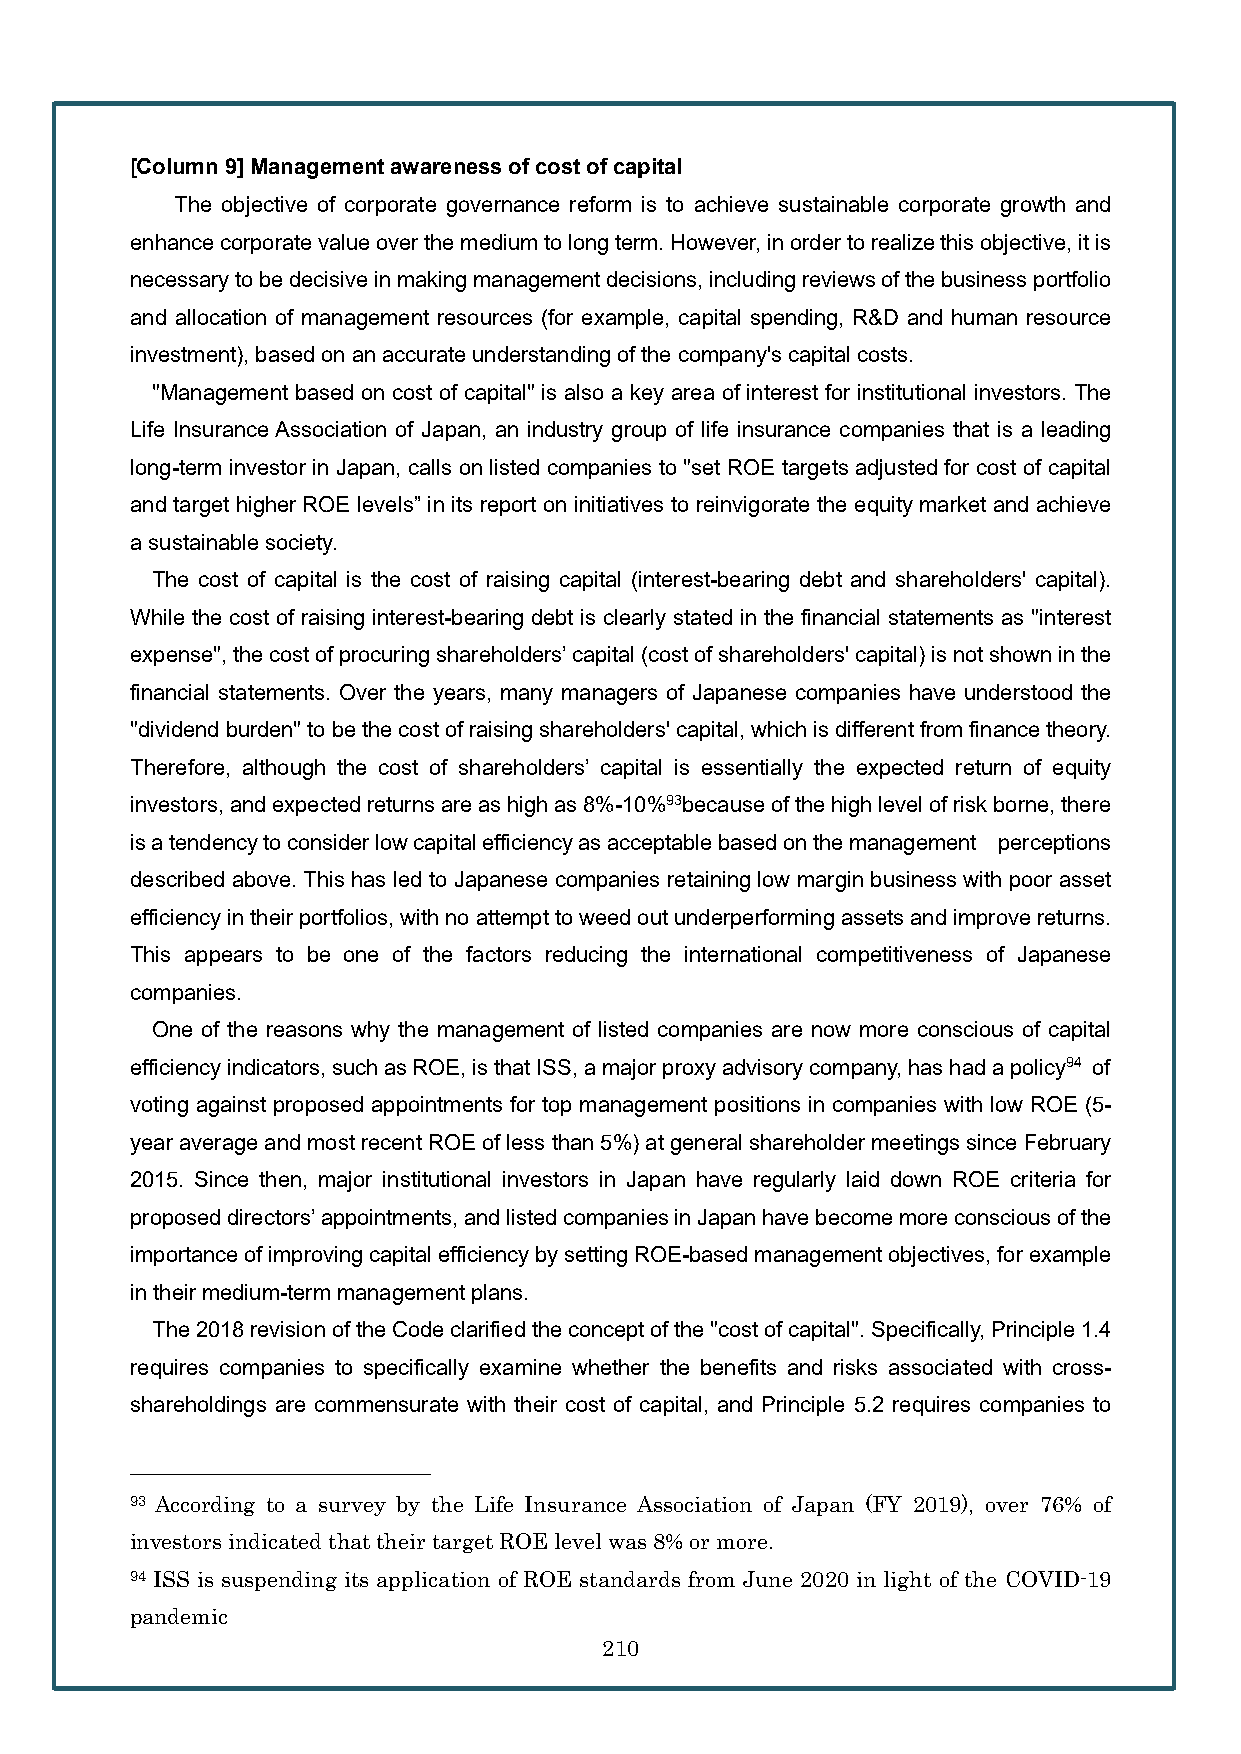
[Column 9] Management awareness of cost of capital
 The objective of corporate governance reform is to achieve sustainable corporate growth and
 enhance corporate value over the medium to long term. However, in order to realize this objective, it is
 necessary to be decisive in making management decisions, including reviews of the business portfolio
 and allocation of management resources (for example, capital spending, R&D and human resource
 investment), based on an accurate understanding of the company's capital costs.
 "Management based on cost of capital" is also a key area of interest for institutional investors. The
 Life Insurance Association of Japan, an industry group of life insurance companies that is a leading
 long-term investor in Japan, calls on listed companies to "set ROE targets adjusted for cost of capital
 and target higher ROE levels” in its report on initiatives to reinvigorate the equity market and achieve
 a sustainable society.
 The cost of capital is the cost of raising capital (interest-bearing debt and shareholders' capital).
 While the cost of raising interest-bearing debt is clearly stated in the financial statements as "interest
 expense", the cost of procuring shareholders’ capital (cost of shareholders' capital) is not shown in the
 financial statements. Over the years, many managers of Japanese companies have understood the
 "dividend burden" to be the cost of raising shareholders' capital, which is different from finance theory.
 Therefore, although the cost of shareholders’ capital is essentially the expected return of equity
 investors, and expected returns are as high as 8%-10%93because of the high level of risk borne, there
 is a tendency to consider low capital efficiency as acceptable based on the management perceptions
 described above. This has led to Japanese companies retaining low margin business with poor asset
 efficiency in their portfolios, with no attempt to weed out underperforming assets and improve returns.
 This appears to be one of the factors reducing the international competitiveness of Japanese
 companies.
 One of the reasons why the management of listed companies are now more conscious of capital
 efficiency indicators, such as ROE, is that ISS, a major proxy advisory company, has had a policy94 of
 voting against proposed appointments for top management positions in companies with low ROE (5-
 year average and most recent ROE of less than 5%) at general shareholder meetings since February
 2015. Since then, major institutional investors in Japan have regularly laid down ROE criteria for
 proposed directors’ appointments, and listed companies in Japan have become more conscious of the
 importance of improving capital efficiency by setting ROE-based management objectives, for example
 in their medium-term management plans.
 The 2018 revision ofthe Code clarified the concept of the "cost of capital". Specifically, Principle 1.4
 requires companies to specifically examine whether the benefits and risks associated with cross-
 shareholdings are commensurate with their cost of capital, and Principle 5.2 requires companies to
 93 According to a survey by the Life Insurance Association of Japan (FY 2019), over 76% of
 investors indicated that their target ROE level was 8% or more.
 94 ISS is suspending its application of ROE standards from June 2020 in light of the COVID-19
 pandemic
 210